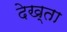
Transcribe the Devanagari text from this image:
देख्ता